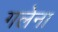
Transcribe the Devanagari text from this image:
गलेना